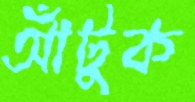
আঁটুক